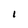
Character: l